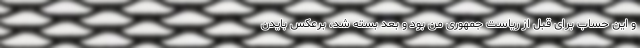
و این حساب برای قبل از ریاست جمهوری من بود و بعد بسته شد، برعکس بایدن